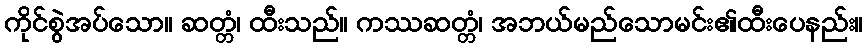
ကိုင်စွဲအပ်သော။ ဆတ္တံ၊ ထီးသည်။ ကဿဆတ္တံ၊ အဘယ်မည်သောမင်း၏ထီးပေနည်း။